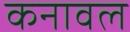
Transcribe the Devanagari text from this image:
कनावल